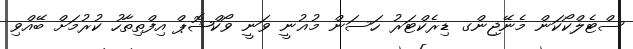
ސްޓެލްކޯކަން މެނޭޖިންގ ޑިރެކްޓަރު ހަސަން މުޣުނީ ވަނީ ވޯކްޝޮޕް އިފްތިތާހު ކުރުމަށް ބޭއްވި